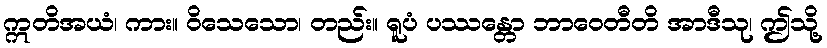
ဣတိအယံ၊ ကား။ ဝိသေသော၊ တည်း။ ရူပံ ပဿန္တော ဘာဝေတီတိ အာဒီသု၊ ဤသို့